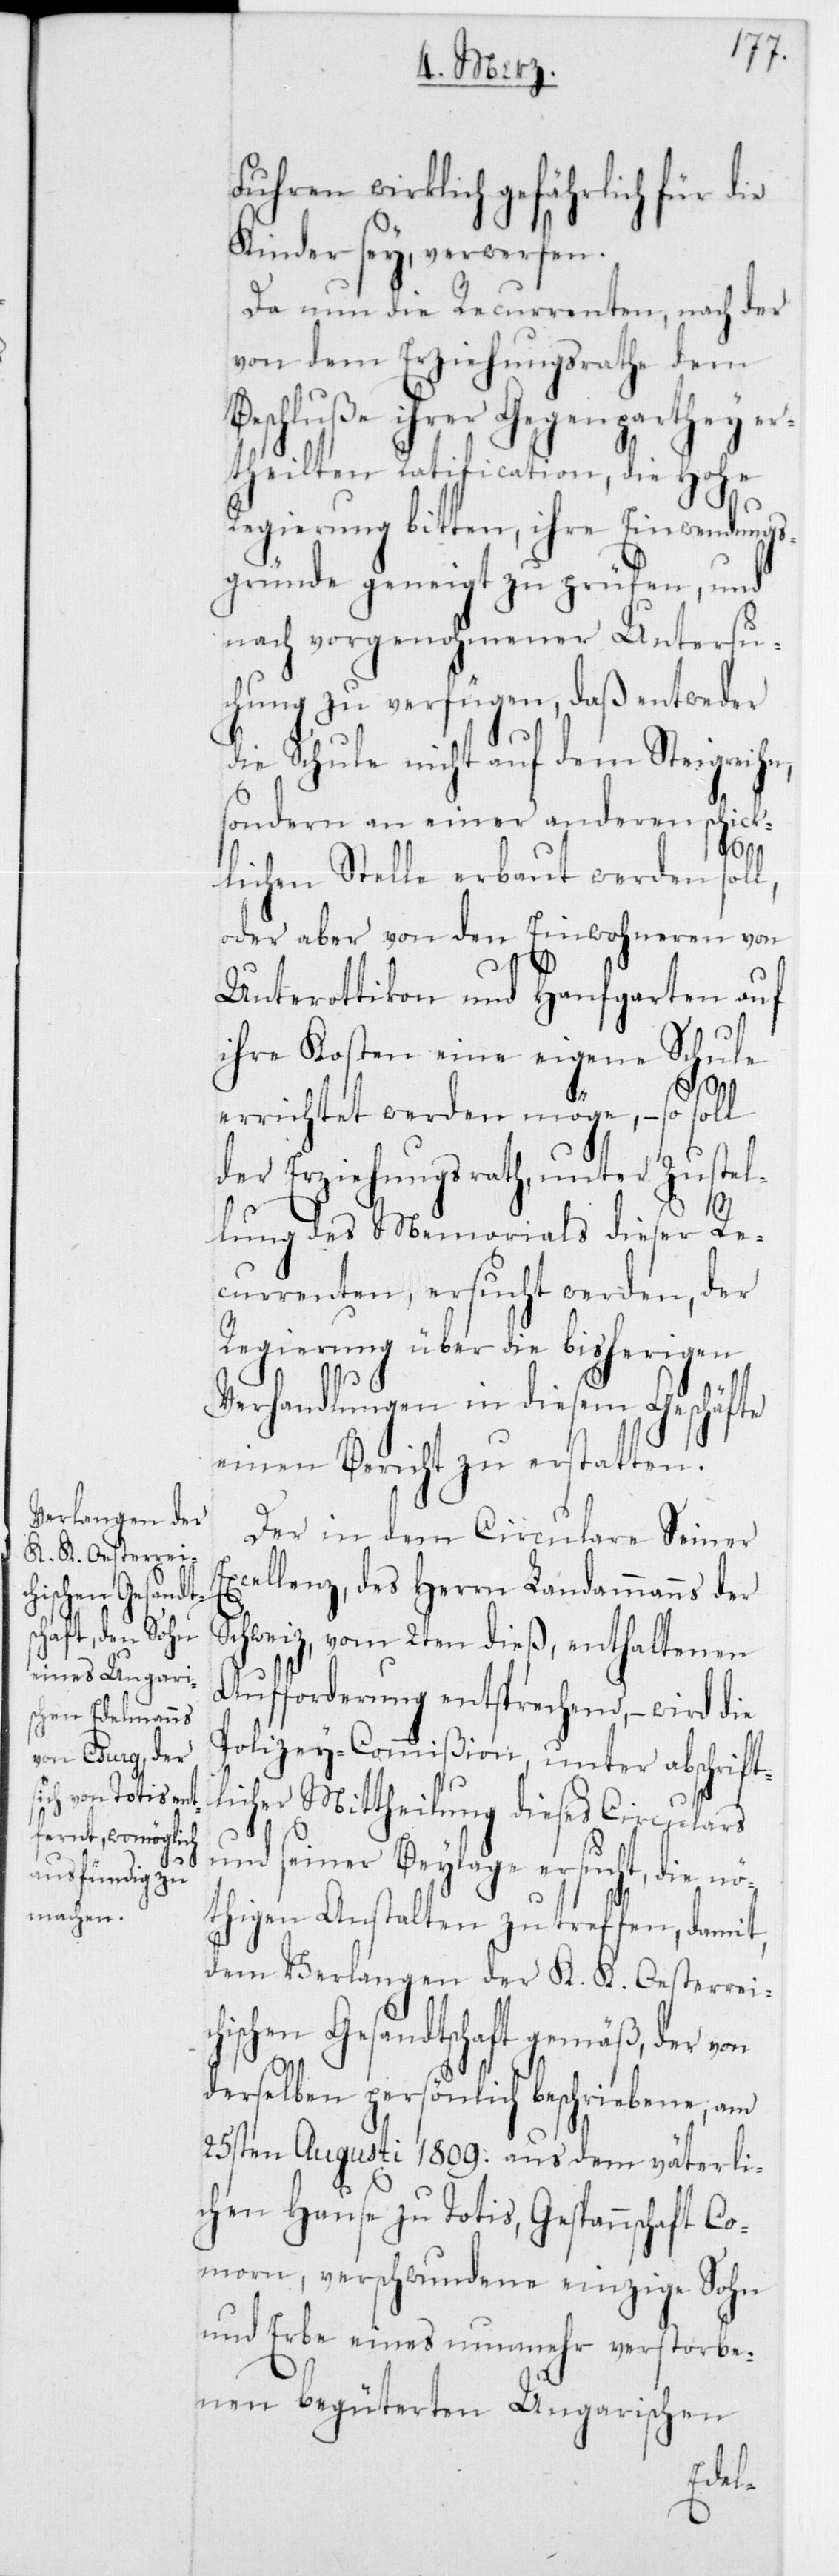
Fuhren wirklich gefährlich für d¬
Kinder sey, verwerfen.
Da nun die Recurrenten, nach der
von dem Erziehungsrathe dem
Beschluße ihrer Gegenparthey er¬
theilten Ratification, die Hohe
Regierung bitten, ihre Einwendungs¬
gründe geneigt zu prüfen, und
nach vorgenohmener Untersu¬
chung zu verfügen, daß entweder
die Schule nicht auf dem Steigreihn,
sondern an einer anderen schick¬
S¬
lichen Stelle erbaut werden soll,
oder aber von den Einwohneren von
Unterottikon und Hanfgarten auf
ihre Kosten eine eigene Schul¬
E¬
errichtet werden möge, – so soll
der Erziehungsrath, unter Zustel¬
lung des Memorials dieser Re¬
currenten, ersucht werden, der
Regierung über die bisherigen
Verhandlungen in diesem Geschäfte
einen Bericht zu erstatten.
Der in dem Circulare Seiner
xcellenz, des Herrn Landammanns der
chweiz, vom 2ten dieß, enthaltenen
Aufforderung entsprechend, – wird die
Polizey-Commißion, unter abschrift¬
licher Mittheilung dieses Circulars
und seiner Beylage ersucht, die nö¬
thigen Anstalten zu treffen, damit,
dem Verlangen der K. K. Oesterreic¬
hischen Gesandtschaft gemäß, der von
derselben persönlich beschriebene, am
25sten Augusti 1809 aus dem väterli¬
chen Hause zu Totis, Gespannschaft Co¬
morn, verschwundene einzige Sohn
und Erbe eines nunmehr verstorbe¬
nen begüterten Ungarischen